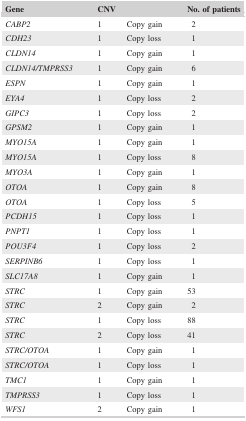
<table><thead><tr><td><b>Gene</b></td><td colspan="2"><b>CNV</b></td><td><b>No. of patients</b></td></tr></thead><tbody><tr><td><i>CABP2</i></td><td>1</td><td>Copy gain</td><td>2</td></tr><tr><td><i>CDH23</i></td><td>1</td><td>Copy loss</td><td>1</td></tr><tr><td><i>CLDN14</i></td><td>1</td><td>Copy gain</td><td>1</td></tr><tr><td><i>CLDN14/TMPRSS3</i></td><td>1</td><td>Copy gain</td><td>6</td></tr><tr><td><i>ESPN</i></td><td>1</td><td>Copy gain</td><td>1</td></tr><tr><td><i>EYA4</i></td><td>1</td><td>Copy loss</td><td>2</td></tr><tr><td><i>GIPC3</i></td><td>1</td><td>Copy loss</td><td>2</td></tr><tr><td><i>GPSM2</i></td><td>1</td><td>Copy gain</td><td>1</td></tr><tr><td><i>MYO15A</i></td><td>1</td><td>Copy gain</td><td>1</td></tr><tr><td><i>MYO15A</i></td><td>1</td><td>Copy loss</td><td>8</td></tr><tr><td><i>MYO3A</i></td><td>1</td><td>Copy gain</td><td>1</td></tr><tr><td><i>OTOA</i></td><td>1</td><td>Copy gain</td><td>8</td></tr><tr><td><i>OTOA</i></td><td>1</td><td>Copy loss</td><td>5</td></tr><tr><td><i>PCDH15</i></td><td>1</td><td>Copy loss</td><td>1</td></tr><tr><td><i>PNPT1</i></td><td>1</td><td>Copy loss</td><td>1</td></tr><tr><td><i>POU3F4</i></td><td>1</td><td>Copy loss</td><td>2</td></tr><tr><td><i>SERPINB6</i></td><td>1</td><td>Copy loss</td><td>1</td></tr><tr><td><i>SLC17A8</i></td><td>1</td><td>Copy gain</td><td>1</td></tr><tr><td><i>STRC</i></td><td>1</td><td>Copy gain</td><td>53</td></tr><tr><td><i>STRC</i></td><td>2</td><td>Copy gain</td><td>2</td></tr><tr><td><i>STRC</i></td><td>1</td><td>Copy loss</td><td>88</td></tr><tr><td><i>STRC</i></td><td>2</td><td>Copy loss</td><td>41</td></tr><tr><td><i>STRC/OTOA</i></td><td>1</td><td>Copy gain</td><td>1</td></tr><tr><td><i>STRC/OTOA</i></td><td>1</td><td>Copy loss</td><td>1</td></tr><tr><td><i>TMC1</i></td><td>1</td><td>Copy gain</td><td>1</td></tr><tr><td><i>TMPRSS3</i></td><td>1</td><td>Copy loss</td><td>1</td></tr><tr><td><i>WFS1</i></td><td>2</td><td>Copy gain</td><td>1</td></tr></tbody></table>